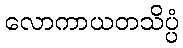
လောကာယတသိပ္ပံ